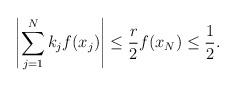
LaTeX: \begin{align*}\left|\sum_{j=1}^Nk_jf(x_j)\right| &\leq \frac{r}{2} f(x_N) \leq \frac{1}{2}.\end{align*}